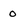
Character: O